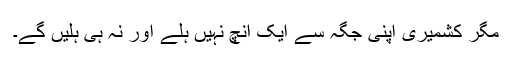
مگر کشمیری اپنی جگہ سے ایک انچ نہیں ہلے اور نہ ہی ہلیں گے۔